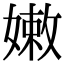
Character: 嫩